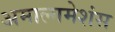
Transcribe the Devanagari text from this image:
अमाल्गमेशंस